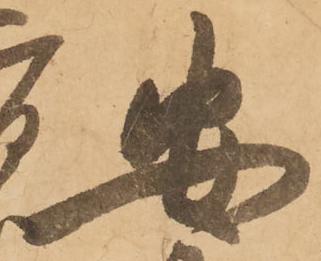
安